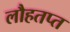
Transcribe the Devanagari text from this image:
लौहतप्त